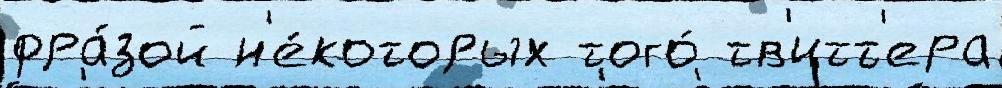
фра́зой н'е́которых того́ тв'итт'ера